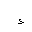
Letter: _hamza